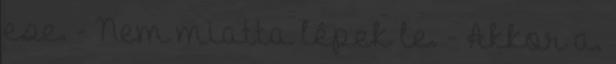
ese. - Nem miatta lépek le. - Akkor a.